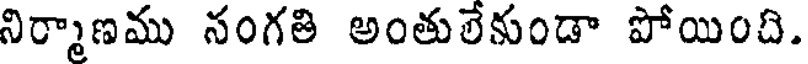
నిర్మాణము నంగతి అంతులేకుండా పోయింది.